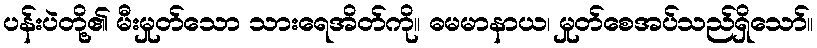
ပန်းပဲတို့၏ မီးမှုတ်သော သားရေအိတ်ကို။ ဓမမာနာယ၊ မှုတ်စေအပ်သည်ရှိသော်။